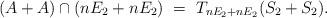
LaTeX: \begin{align*}(A+A) \cap (nE_2 + nE_2)\ =\ T_{nE_2+nE_2}(S_2+S_2).\end{align*}